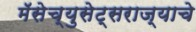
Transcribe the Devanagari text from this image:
मॅसेच्युसेट्सराज्याचे